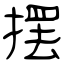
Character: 摆